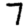
Digit: 7